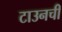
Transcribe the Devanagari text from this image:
टाउनची